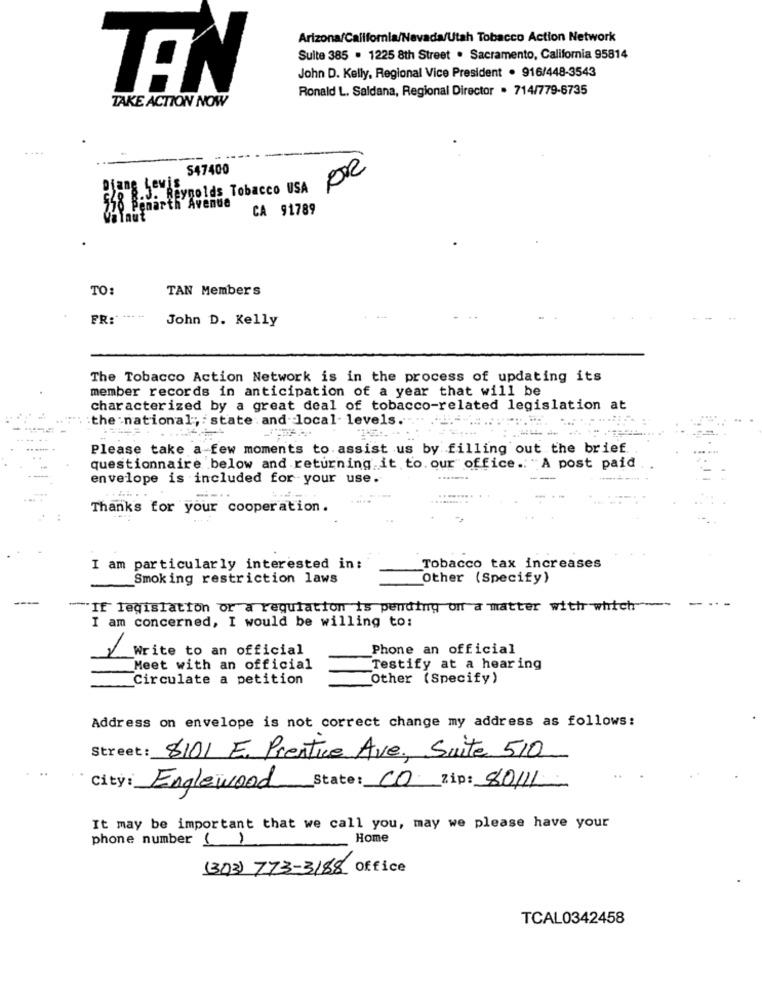
Arizona/California/Nevada/Utah Tobacco Action Network
Sulte 385 . 1225 8th Street . Sacramento, California 95814
John D. Kelly, Regional Vice President . 916/448-3543
TEN
Ronald L. Saldana, Regional Director . 714/779-6735
TAKE ACTION NOW
....
S47400
DR
Diane Lewis
0 8.J. Reynolds Tobacco USA
770 Penarth Avenue
CA 91789
TO:
TAN Members
FR :* *
John D. Kelly
The Tobacco Action Network is in the process of updating its
member records in anticipation of a year that will be
characterized by a great deal of tobacco-related legislation at
:the national; : state and local- levels .-
Please take a few moments to. assist us by filling out the brief.
questionnaire below and returning it to. our office. "A post paid
envelope is included for your use.
Thanks for your cooperation.
I am particularly interested in:
Tobacco tax increases
_Smoking restriction laws
Other (Specify)
*If legislation or a regulation is pending on a matter with which-
I am concerned, I would be willing to:
Write to an official
Phone an official
Meet with an official
Testify at a hearing
Circulate a petition
Other (Specify)
Address on envelope is not correct change my address as follows:
Street: 8101 E. Prentice Ave. Suite 510
city:
Englewood State: CO Zip: 80/11
It may be important that we call you, may we please have your
phone number ()
Home
(303) 773-3188 Office
TCAL0342458